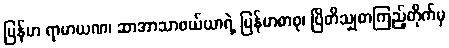
မြန်မာ ရာမာယဏ၊ ဆာအာသာဖယ်ယာရဲ့ မြန်မာစာစု၊ ဗြိတိသျှစာကြည့်တိုက်မှ